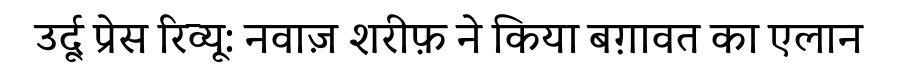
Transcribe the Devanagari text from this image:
उर्दू प्रेस रिव्यू: नवाज़ शरीफ़ ने किया बग़ावत का एलान